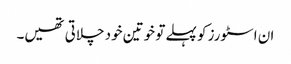
ان اسٹورز کو پہلے تو خوتین خود چلاتی تھیں۔